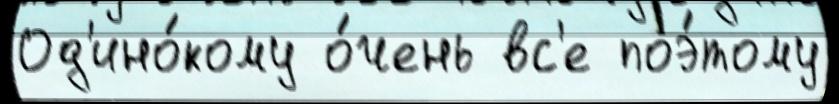
Од'ино́кому о́чень вс'е поэ́тому